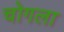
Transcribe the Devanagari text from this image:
चोगला